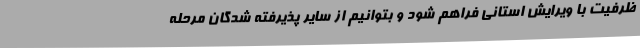
ظرفیت با ویرایش استانی فراهم شود و بتوانیم از سایر پذیرفته شدگان مرحله